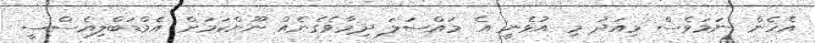
އެހެން ނަމަވެސް މިއަދު މި އުޅެނީ އެ މައްސަލަ ދިމާވެގެނެއް ނޫންކަމަށް އެމްޑަބްލިއެސްސީ